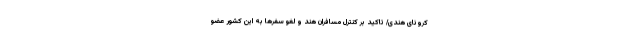
کرونای هندی/ تاکید بر کنترل مسافران هند و لغو سفرها به این کشور عضو